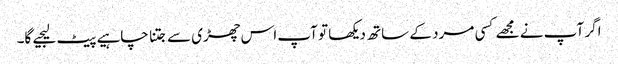
اگر آپ نے مجھے کسی مرد کے ساتھ دیکھا تو آپ اس چھڑی سے جتنا چاہیے پیٹ لیجیے گا۔